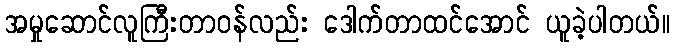
အမှုဆောင်လူကြီးတာဝန်လည်း ဒေါက်တာထင်အောင် ယူခဲ့ပါတယ်။